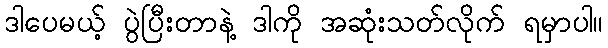
ဒါပေမယ့် ပွဲပြီးတာနဲ့ ဒါကို အဆုံးသတ်လိုက် ရမှာပါ။